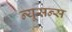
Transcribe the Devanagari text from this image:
न्यूसन्स